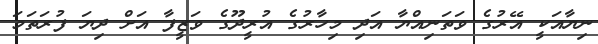
ނިޔާއަކީ އޭރުގެ ވަތަނިއްޔާ އަދި މިހާރުގެ އުރީދޫގެ ވަޒީފާ އަށް ދިޔަ ފުރަތަމަ